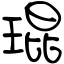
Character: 琨